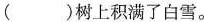
( )树上积满了白雪。